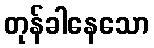
တုန်ခါနေသော